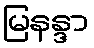
မြနန္ဒာ